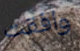
وافقت